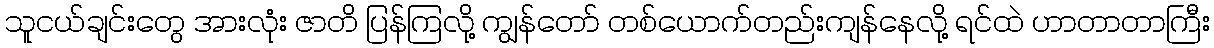
သူငယ်ချင်းတွေ အားလုံး ဇာတိ ပြန်ကြလို့ ကျွန်တော် တစ်ယောက်တည်းကျန်နေလို့ ရင်ထဲ ဟာတာတာကြီး